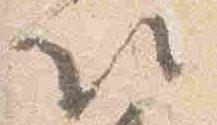
以